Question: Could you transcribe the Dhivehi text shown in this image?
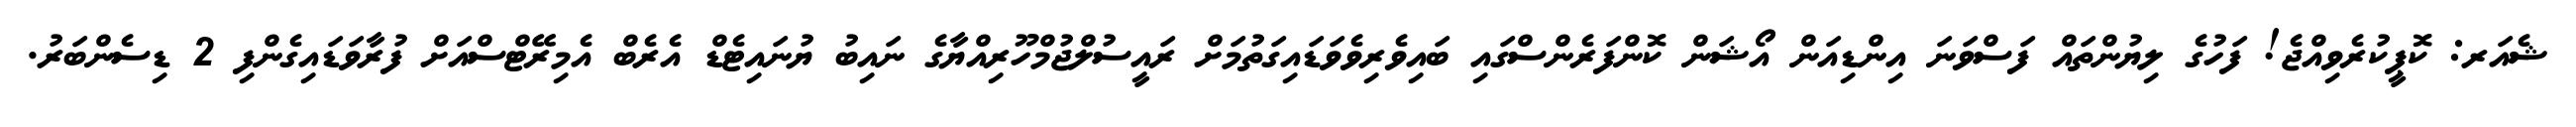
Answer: ޝެއަރ: ކޮޕީކުރެވިއްޖެ! ފަހުގެ ލިޔުންތައް ފަސްވަނަ އިންޑިއަން އޯޝަން ކޮންފަރެންސްގައި ބައިވެރިވެވަޑައިގަތުމަށް ރައީސުލްޖުމްހޫރިއްޔާގެ ނައިބު ޔުނައިޓެޑް އެރެބް އެމިރޭޓްސްއަށް ފުރާވަޑައިގެންފި 2 ޑިސެންބަރު.